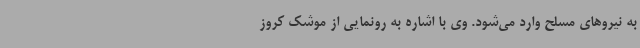
به نیروهای مسلح وارد می‌شود. وی با اشاره به رونمایی از موشک کروز